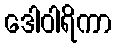
ဒေါဝါရိကာ